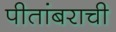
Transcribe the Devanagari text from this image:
पीतांबराची